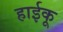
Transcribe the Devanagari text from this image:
हाईकू